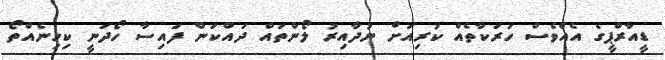
ޑީއާރްޕީގެ އެއްވެސް ހަރަކާތެއް ކުރިއަށް ނުދާއިރު ލޯންތައް ދައްކަން ފައިސާ ހޯދަނީ ކިހިނެއްތޯ